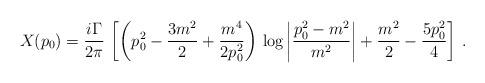
LaTeX: \begin{align*}X(p_0)=\frac{i\Gamma}{2\pi}\,\left[\left(p_0^2-\frac{3m^2}{2} +\frac{m^4}{2p_0^2}\right)\,\log\left| \frac{p_0^2 -m^2}{m^2}\right|+\frac{m^2}{2}-\frac{5p_0^2}{4}\right]\,.\end{align*}